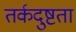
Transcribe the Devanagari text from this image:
तर्कदुष्टता